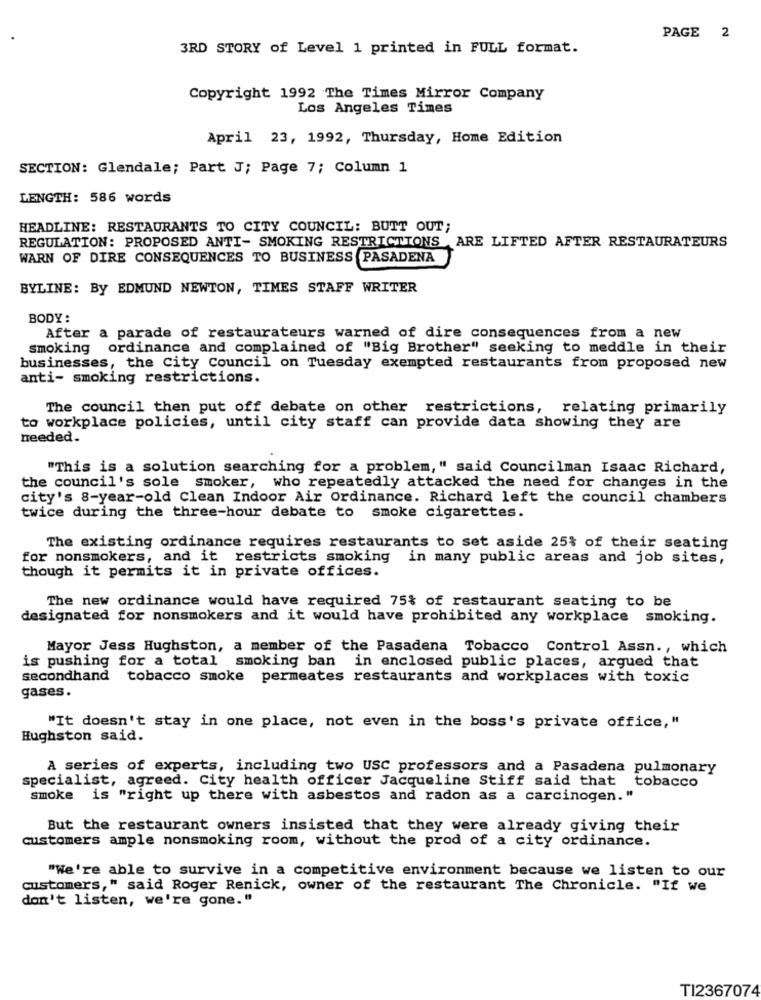
PAGE 2
3RD STORY of Level 1 printed in FULL format.
Copyright 1992 The Times Mirror Company
Los Angeles Times
April 23, 1992, Thursday, Home Edition
SECTION: Glendale; Part J; Page 7; Column 1
LENGTH: 586 words
HEADLINE: RESTAURANTS TO CITY COUNCIL: BUTT OUT;
REGULATION: PROPOSED ANTI- SMOKING RESTRICTIONS ARE LIFTED AFTER RESTAURATEURS
WARN OF DIRE CONSEQUENCES TO BUSINESS PASADENA
BYLINE: By EDMUND NEWTON, TIMES STAFF WRITER
BODY:
After a parade of restaurateurs warned of dire consequences from a new
smoking ordinance and complained of "Big Brother" seeking to meddle in their
businesses, the City Council on Tuesday exempted restaurants from proposed new
anti- smoking restrictions.
The council then put off debate on other restrictions, relating primarily
to workplace policies, until city staff can provide data showing they are
needed.
"This is a solution searching for a problem," said Councilman Isaac Richard,
the council's sole smoker, who repeatedly attacked the need for changes in the
city's 8-year-old Clean Indoor Air Ordinance. Richard left the council chambers
twice during the three-hour debate to smoke cigarettes.
The existing ordinance requires restaurants to set aside 25% of their seating
for nonsmokers, and it restricts smoking in many public areas and job sites,
though it permits it in private offices.
The new ordinance would have required 75% of restaurant seating to be
designated for nonsmokers and it would have prohibited any workplace smoking.
Mayor Jess Hughston, a member of the Pasadena Tobacco Control Assn ., which
is pushing for a total smoking ban in enclosed public places, argued that
secondhand tobacco smoke permeates restaurants and workplaces with toxic
gases.
"It doesn't stay in one place, not even in the boss's private office, "
Hughston said.
A series of experts, including two USC professors and a Pasadena pulmonary
specialist, agreed. City health officer Jacqueline Stiff said that tobacco
smoke is "right up there with asbestos and radon as a carcinogen. "
But the restaurant owners insisted that they were already giving their
customers ample nonsmoking room, without the prod of a city ordinance.
"We're able to survive in a competitive environment because we listen to our
customers," said Roger Renick, owner of the restaurant The Chronicle. "If we
don't listen, we're gone."
TI2367074